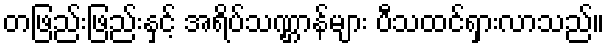
တဖြည်းဖြည်းနှင့် အရိပ်သဏ္ဌာန်များ ပီသထင်ရှားလာသည်။